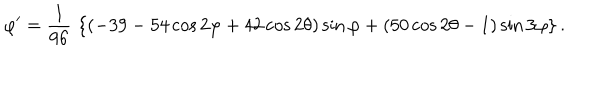
LaTeX: \varphi ^ { \prime } = { \frac { 1 } { 9 6 } } \, \left\{ ( - 3 9 - 5 4 \cos 2 \varphi + 4 2 \cos 2 \theta ) \sin \varphi + ( 5 0 \cos 2 \theta - 1 ) \sin 3 \varphi \right\} .